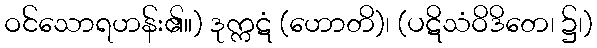
ဝင်သောရဟန်း၏။) ဒုက္ကဋံ (ဟောတိ)၊ (ပဋိသံဝိဒိတေ၊ ၌၊)